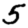
Digit: 5